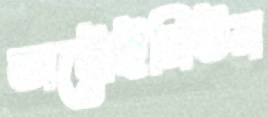
অটোইমিউন